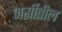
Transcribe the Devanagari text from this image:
जर्सीतील